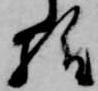
様